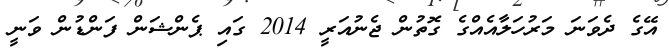
އޭގެ ދެވަނަ މަރުހަލާއެއްގެ ގޮތުން ޖެނުއަރީ 2014 ގައި ޕެންޝަން ފަންޑުން ވަނީ